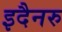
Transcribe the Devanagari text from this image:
इदैनरु